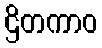
ဌိတကာဝ